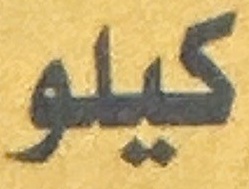
كيلو